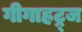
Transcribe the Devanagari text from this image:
गीगाहट्र्ज